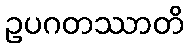
ဥပဂတဿာတိ